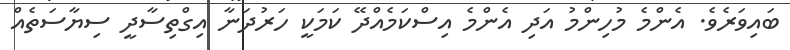
ބައިވަރެވެ. އެންމެ މުހިންމު އަދި އެންމެ އިސްކަމެއްދޭ ކަމަކީ ހަރުދަނާ އިގްތިސާދީ ސިޔާސަތެއް